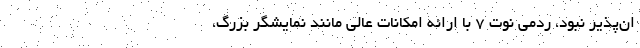
ان‌پذیر نبود، ردمی نوت ۷ با ارائه امکانات عالی مانند نمایشگر بزرگ،